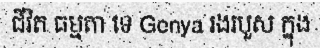
ជីវិត ធម្មតា ទេ Genya រងរបួស ក្នុង